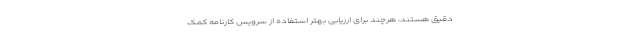
دقیق هستند، هرچند برای ارزیابی بهتر استفاده از سرویس کارنامه کمک